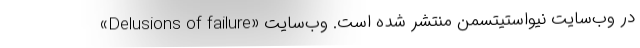
«Delusions of failure» در وب‌سایت نیواستیتسمن منتشر شده است. وب‌سایت